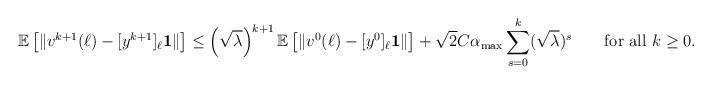
LaTeX: \begin{align*}\mathbb{E}\left[\|v^{k+1}(\ell) - [y^{k+1}]_\ell\mathbf{1}\|\right]&\le \left(\sqrt{\lambda}\right)^{k+1}\mathbb{E}\left[\|v^0(\ell) - [y^{0}]_\ell\mathbf{1}\|\right]+ \sqrt{2} C\alpha_{\max}\sum_{s=0}^k(\sqrt{\lambda})^s\qquad\hbox{for all }k\ge0.\end{align*}